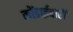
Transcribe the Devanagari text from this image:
कोंडाईबारी